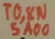
Text: TO,8N5A00